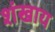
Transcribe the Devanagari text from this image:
शंखाय